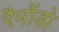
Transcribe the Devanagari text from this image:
रैमोंडो